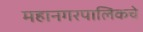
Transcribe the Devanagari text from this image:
महानगरपालिकचे